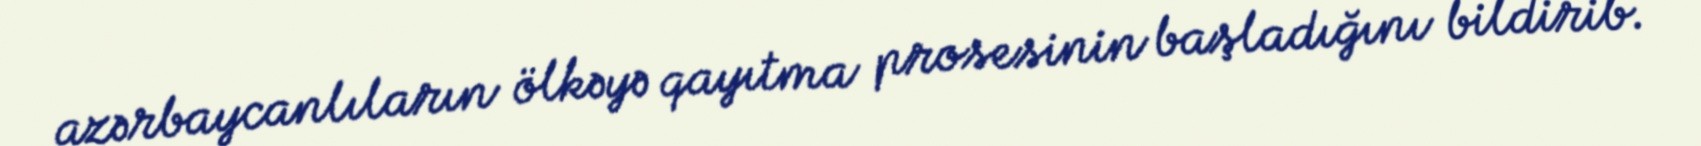
azərbaycanlıların ölkəyə qayıtma prosesinin başladığını bildirib.